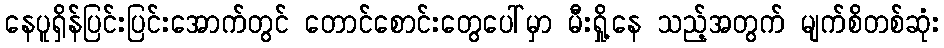
နေပူရှိန်ပြင်းပြင်းအောက်တွင် တောင်စောင်းတွေပေါ်မှာ မီးရှို့နေ သည့်အတွက် မျက်စိတစ်ဆုံး